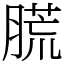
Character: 䐠